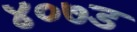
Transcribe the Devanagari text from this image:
४०७ड